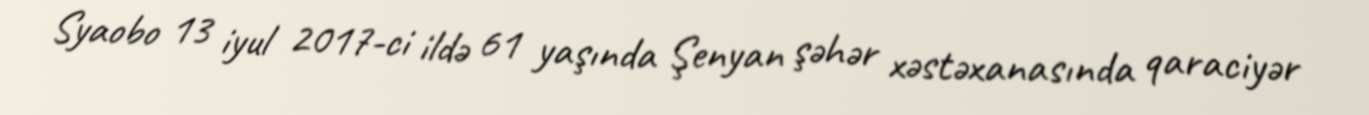
Syaobo 13 iyul 2017-ci ildə 61 yaşında Şenyan şəhər xəstəxanasında qaraciyər